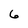
Character: 6